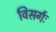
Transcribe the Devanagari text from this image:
विसर्गः